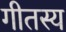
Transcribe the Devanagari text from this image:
गीतस्य